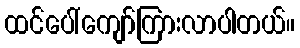
ထင်ပေါ်ကျော်ကြားလာပါတယ်။